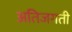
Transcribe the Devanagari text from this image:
अतिजगती